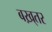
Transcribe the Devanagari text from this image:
बख़्तर